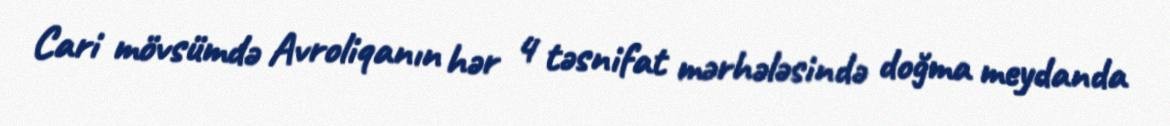
Cari mövsümdə Avroliqanın hər 4 təsnifat mərhələsində doğma meydanda